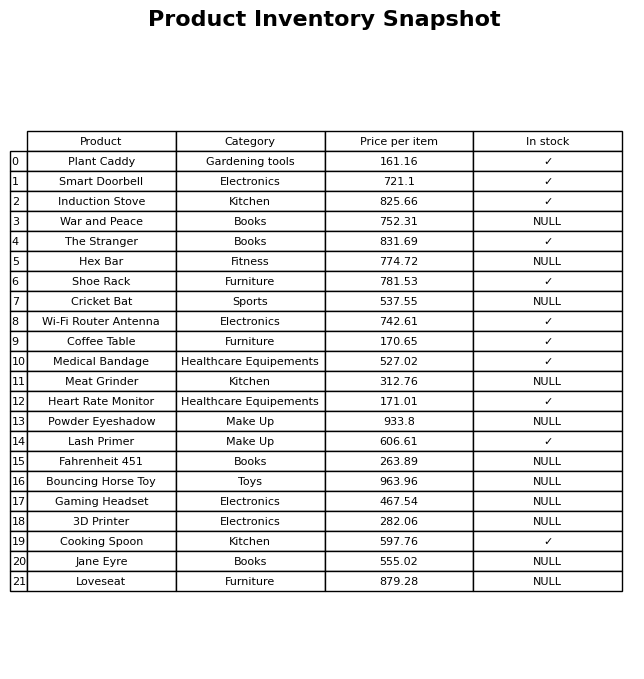
question: What is the price of the Heart Rate Monitor?
answer: The price of Heart Rate Monitor is 171.01.